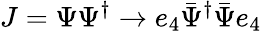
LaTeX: J=\Psi\Psi^{\dagger}\rightarrow e_{4}\bar{\Psi}^{\dagger}\bar{\Psi}e_{4}